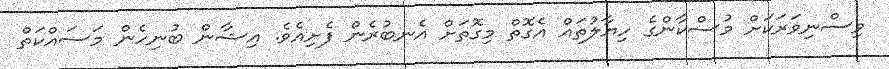
ވިސްނިވަރަކަށް މުސްކާންގެ ހިޔާލުތައް އެގޮތް މިގޮތަށް އެނބުރެން ފެށިއެވެ. އިޝާން ބުނިހެން މަސައްކަތް